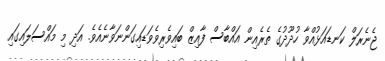
ޖެނެރަލް ކަނޑައަޅުއްވާ ހުދޫދުގެ ތެރެއިން އައްބާސް ފާއިޒް ބައިވެރިވެވަޑައިގަންނަވާނެއެވެ. އަދި މި މައްސަލައިގައި